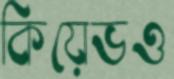
কিয়েভও